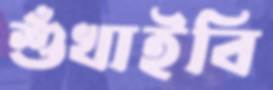
শুঁখাইবি